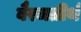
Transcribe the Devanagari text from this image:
बैरजतीर्थ